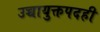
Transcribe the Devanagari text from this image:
उच्चायुक्तपदही